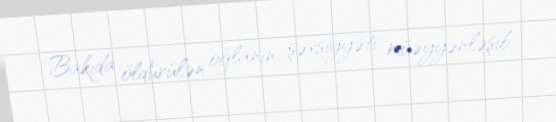
Bakıda öldürülən oğlanın şəxsiyyəti müəyyənləşib.